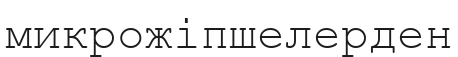
микрожіпшелерден